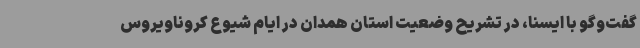
گفت‌وگو با ایسنا، در تشریح وضعیت استان همدان در ایام شیوع کروناویروس